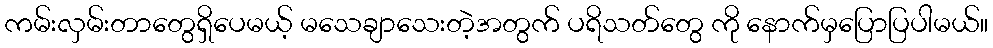
ကမ်းလှမ်းတာတွေရှိပေမယ့် မသေချာသေးတဲ့အတွက် ပရိသတ်တွေ ကို နောက်မှပြောပြပါမယ်။